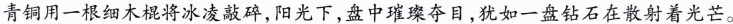
青铜用一根细木棍将冰凌敲碎，阳光下，盘中璀璨夺目，犹如一盘钻石在散射着光芒。